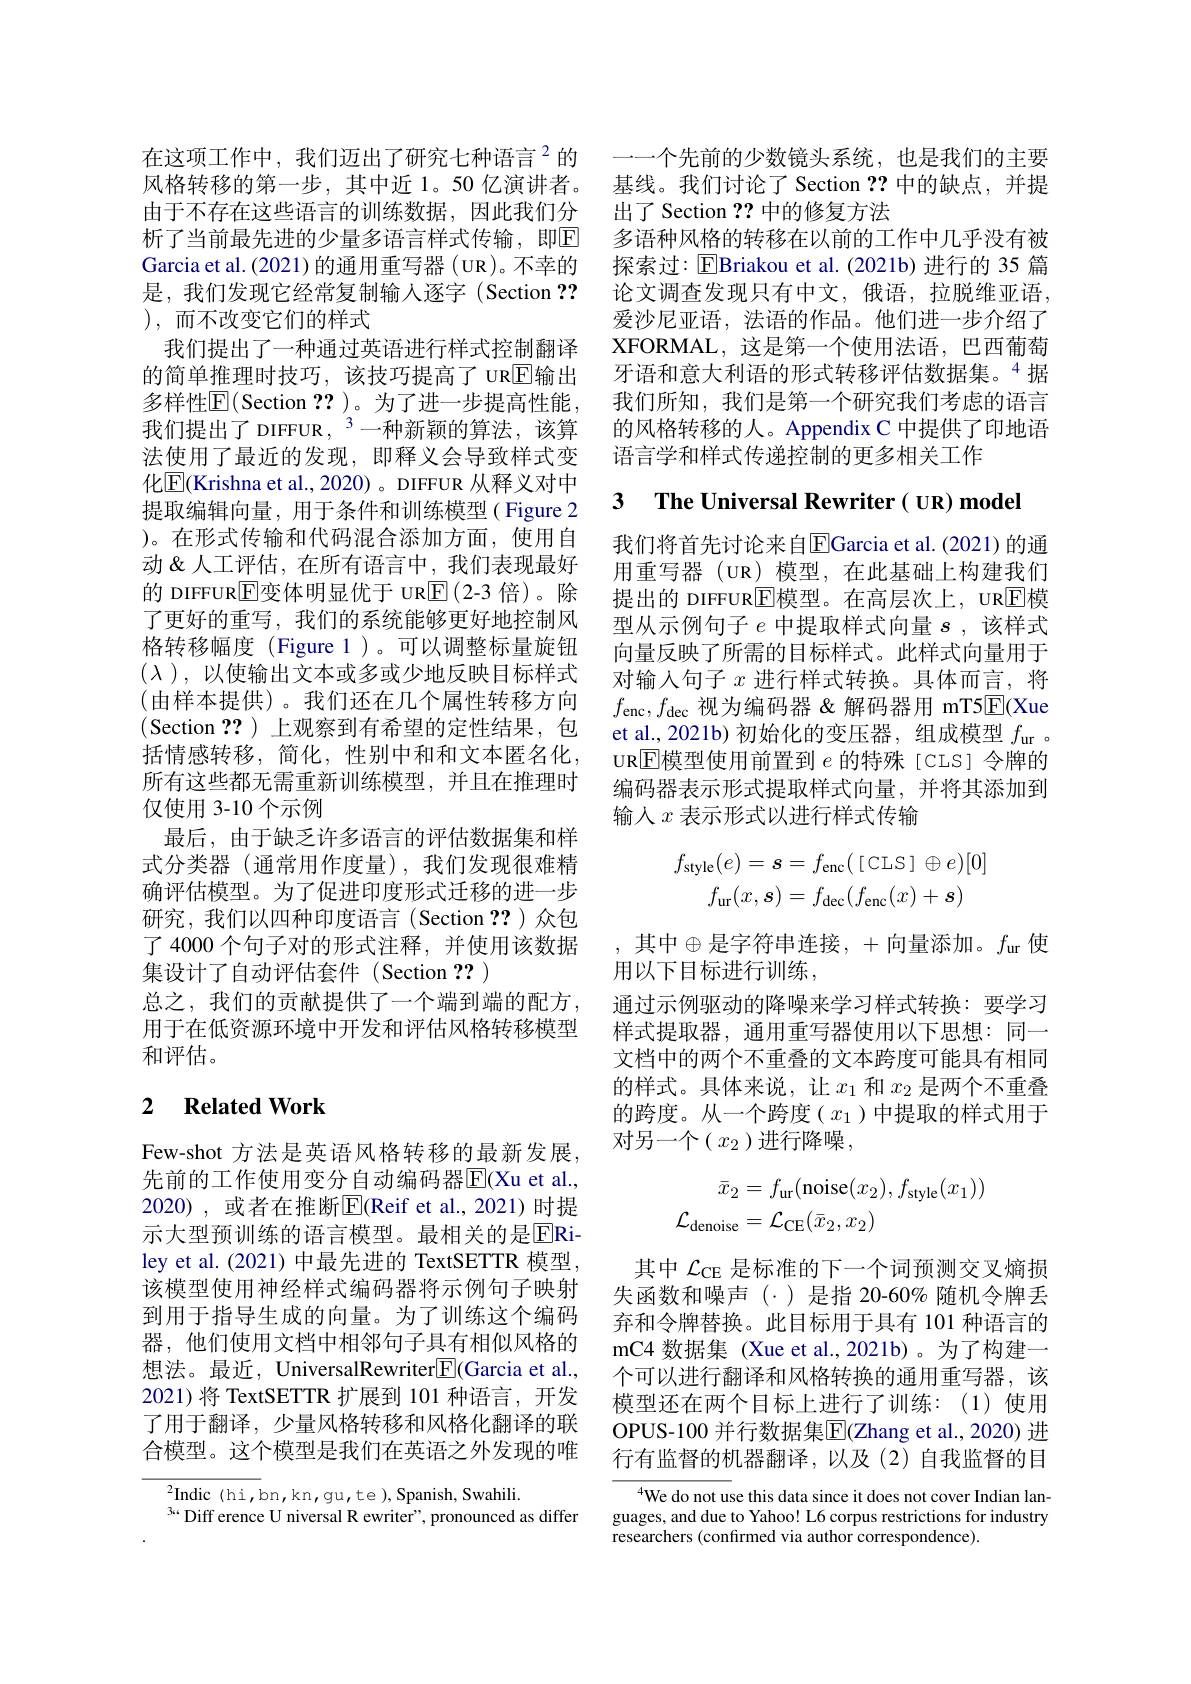
是，我们发现它经常复制输入逐字(Section ??
), 而不改变它们的样式

在这项工作中，我们迈出了研究七种语言$^{2}$的析了当前最先进的少量多语言样式传输，即$\overline{\mathrm{E}}$ Garcia et al. (2021) 的通用重写器 ( UR)。不幸的我们提出了一种通过英语进行样式控制翻译的简单推理时技巧，该技巧提高了 UR$\overline{\mathrm{E}}$输出多样性$\operatorname{E}($Section ??)。为了进一步提高性能我们提出了 DIFFUR $,^{3}$一种新颖的算法，该算法使用了最近的发现，即释义会导致样式变化E(Krishna et al., 2020) 。DIFFUR 从释义对中提取编辑向量，用于条件和训练模型( Figure 2 )。在形式传输和代码混合添加方面，使用自动 & 人工评估，在所有语言中，我们表现最好的 DIFFUR$\overline{\mathrm{E}}$变体明显优于 UR$\overline{\mathrm{E}}\left(2-3\text{ 倍)。除}\right)$ 了更好的重写，我们的系统能够更好地控制风格转移幅度(Figure 1)。可以调整标量旋钮$(\lambda$ ),以使输出文本或多或少地反映目标样式(由样本提供)。我们还在几个属性转移方向(Section ??)上观察到有希望的定性结果，包括情感转移，简化，性别中和和文本匿名化， 所有这些都无需重新训练模型，并且在推理时仅使用 3-10 个示例
最后，由于缺乏许多语言的评估数据集和样式分类器(通常用作度量),我们发现很难精确评估模型。为了促进印度形式迁移的进一步研究，我们以四种印度语言(Section ??)众包了 4000 个句子对的形式注释，并使用该数据集设计了自动评估套件(Section ??)
总之，我们的贡献提供了一个端到端的配方， 用于在低资源环境中开发和评估风格转移模型和评估。

## 2 $\textbf{Related Work}$

Few-shot 方法是英语风格转移的最新发展， 先前的工作使用变分自动编码器$\overline{\mathrm{E}}($Xu et al. 2020),或者在推断E$( Reif et al. , 2021)$时提示大型预训练的语言模型。最相关的是[E]Riley et al.(2021) 中最先进的 TextSETTR 模型， 该模型使用神经样式编码器将示例句子映射到用于指导生成的向量。为了训练这个编码器，他们使用文档中相邻句子具有相似风格的想法。最近，UniversalRewriter[E](Garcia et al., 2021)将 TextSETTR 扩展到 101 种语言，开发了用于翻译，少量风格转移和风格化翻译的联合模型。这个模型是我们在英语之外发现的唯

${^{2}}$Indic(hi,bn,kn,gu,te),Spanish,Swahili.
$^{3*}$ Diff erence U niversal R ewriter", pronounced as differ

一一个先前的少数镜头系统，也是我们的主要
风格转移的第一步，其中近 1。50 亿演讲者。基线。我们讨论了 Section ??中的缺点，并提
由于不存在这些语言的训练数据，因此我们分 出了 Section ??中的修复方法
多语种风格的转移在以前的工作中几乎没有被探索过：$\operatorname{E}$Briakou et al.(2021b) 进行的 35 篇论文调查发现只有中文，俄语，拉脱维亚语， 爱沙尼亚语，法语的作品。他们进一步介绍了XFORMAL,这是第一个使用法语，巴西葡萄牙语和意大利语的形式转移评估数据集。“据我们所知，我们是第一个研究我们考虑的语言的风格转移的人。Appendix C 中提供了印地语语言学和样式传递控制的更多相关工作

# 3 $\textbf{The Universal Rewriter( UR) model}$

我们将首先讨论来自$\operatorname{EGarcia}$ et al.(2021)的通用重写器(UR)模型，在此基础上构建我们提出的 DIFFUR$\boxed{\mathrm{E}}$模型。在高层次上，UR$\boxed{\mathrm{E}}$模型从示例句子$e$中提取样式向量$s$ ,该样式向量反映了所需的目标样式。此样式向量用于对输入句子$x$进行样式转换。具体而言，将$f_{\mathrm{enc}},f_{\mathrm{dec}}$视为编码器&解码器用 mT5$\underline{\mathrm{E}}($Xue et al.,2021b)初始化的变压器，组成模型$f_\mathrm{ur}$ 。UR$\overline{\mathrm{E}}$模型使用前置到 $e$ 的特殊 [CLS] 令牌的编码器表示形式提取样式向量，并将其添加到输入$x$表示形式以进行样式传输
$$\begin{aligned}f_{\mathrm{style}}(e)=s&=f_{\mathrm{enc}}(\text{[CLS]}\oplus e)[0]\\f_{\mathrm{ur}}(x,\boldsymbol{s})&=f_{\mathrm{dec}}(f_{\mathrm{enc}}(x)+\boldsymbol{s})\end{aligned}$$
, 其中$\oplus$是字符串连接，+向量添加。$f_\mathrm{ur}$ 使
用以下目标进行训练，
通过示例驱动的降噪来学习样式转换：要学习样式提取器，通用重写器使用以下思想：同一文档中的两个不重叠的文本跨度可能具有相同的样式。具体来说，让$x_1$和$x_2$是两个不重叠的跨度。从一个跨度($x_1$)中提取的样式用于对另一个$(x_2$)进行降噪，
$$\begin{aligned}\bar{x}_2&=f_\mathrm{ur}(\mathrm{noise}(x_2),f_\mathrm{style}(x_1))\\\mathcal{L}_\mathrm{denoise}&=\mathcal{L}_\mathrm{CE}(\bar{x}_2,x_2)\end{aligned}$$
其中$\mathcal{L}_\mathrm{CE}$是标准的下一个词预测交叉熵损失函数和噪声($\cdot)是指 20-60% 随机令牌丢$ 弃和令牌替换。此目标用于具有 101 种语言的mC4 数据集 (Xue et al.,2021b)。为了构建一个可以进行翻译和风格转换的通用重写器，该模型还在两个目标上进行了训练：(1)使用OPUS-100 并行数据集$\overline{\mathrm{E}}($Zhang et al., 2020) 进行有监督的机器翻译，以及(2)自我监督的目

$^{4}$We do not use this data since it does not cover Indian languages, and due to Yahoo! L6 corpus restrictions for industry researchers (confirmed via author correspondence).